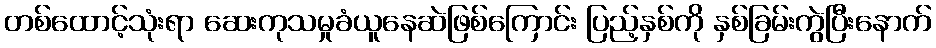
တစ်ထောင့်သုံးရာ ဆေးကုသမှုခံယူနေဆဲဖြစ်ကြောင်း ပြည့်နှစ်ကို နှစ်ခြမ်းကွဲပြီးနောက်